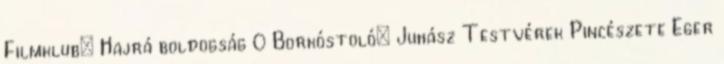
Filmklub: Hajrá boldogság 0 Borkóstoló: Juhász Testvérek Pincészete Eger